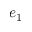
e _ { 1 }